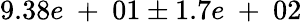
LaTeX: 9.38e\mathrm{~+~}01\pm 1.7e\mathrm{~+~}02